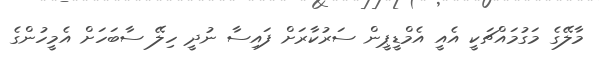
މާލޭގެ މަގުމައްޗަކީ އެއީ އެމްޑީޕީން ސަރުކާރަށް ފައިސާ ނުދީ ހިލޭ ސާބަހަށް އެމީހުންގެ